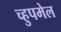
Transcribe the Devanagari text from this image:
च्हुपमेल